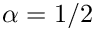
\alpha = 1 / 2